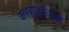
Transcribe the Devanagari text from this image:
करहाट्केश्वर